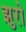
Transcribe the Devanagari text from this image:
झुरो